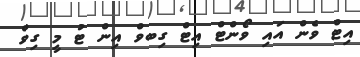
އިޓް ވެން އައި ވޯންޓް އިޓް ގިބވް އިން ޓު މީ ގިވް